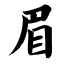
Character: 眉